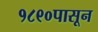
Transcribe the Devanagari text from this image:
१८९०पासून